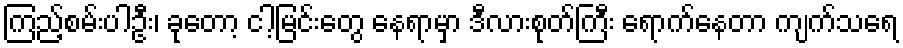
ကြည့်စမ်းပါဦး၊ ခုတော့ ငါ့မြင်းတွေ နေရာမှာ ဒီလားစုတ်ကြီး ရောက်နေတာ ကျက်သရေ